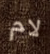
لام